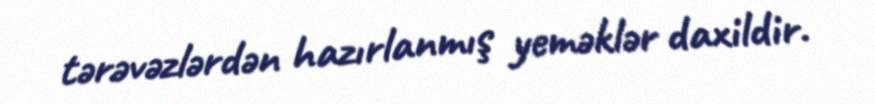
tərəvəzlərdən hazırlanmış yeməklər daxildir.